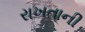
રાખતાની